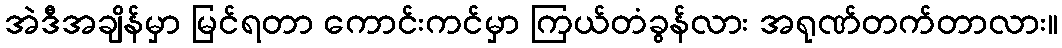
အဲဒီအချိန်မှာ မြင်ရတာ ကောင်းကင်မှာ ကြယ်တံခွန်လား အရုဏ်တက်တာလား။